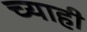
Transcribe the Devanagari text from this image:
च्याही